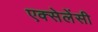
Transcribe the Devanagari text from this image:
एक्सेलेंसी